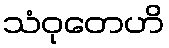
သံဝုတေဟိ